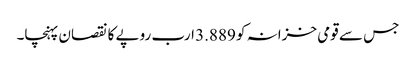
جس سے قومی خزانہ کو 3.889 ارب روپے کا نقصان پہنچا۔